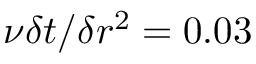
\nu \delta t / \delta r ^ { 2 } = 0 . 0 3